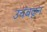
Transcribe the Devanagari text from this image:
उचंबळून